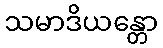
သမာဒိယန္တော